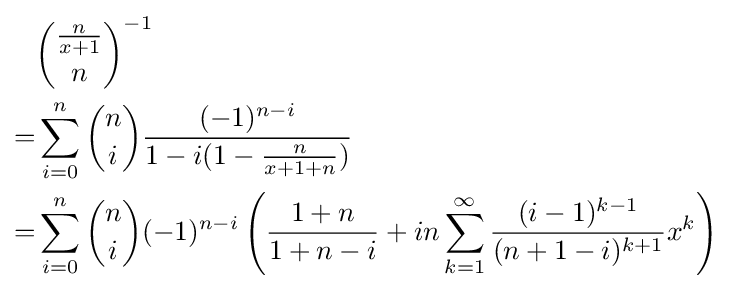
{\begin{aligned}&{{\frac {n}{x+1}} \choose n}^{-1}\\=&\sum _{i=0}^{n}{n \choose i}{\frac {(-1)^{n-i}}{1-i(1-{\frac {n}{x+1+n}})}}\\=&\sum _{i=0}^{n}{n \choose i}(-1)^{n-i}\left({\frac {1+n}{1+n-i}}+in\sum _{k=1}^{\infty }{\frac {(i-1)^{k-1}}{(n+1-i)^{k+1}}}x^{k}\right)\end{aligned}}